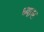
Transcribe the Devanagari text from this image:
ध्‍यास